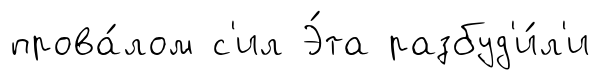
прова́лом с'ил Э́та разбуд'и́л'и